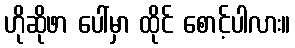
ဟိုဆိုဖာ ပေါ်မှာ ထိုင် စောင့်ပါလား။